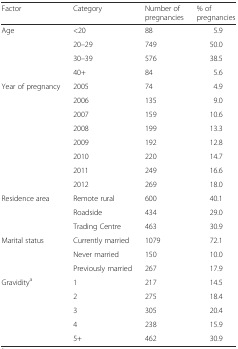
<table><thead><tr><td><b>Factor</b></td><td><b>Category</b></td><td><b>Number of pregnancies</b></td><td><b>% of pregnancies</b></td></tr></thead><tbody><tr><td rowspan="4">Age</td><td>&lt;20</td><td>88</td><td>5.9</td></tr><tr><td>20–29</td><td>749</td><td>50.0</td></tr><tr><td>30–39</td><td>576</td><td>38.5</td></tr><tr><td>40+</td><td>84</td><td>5.6</td></tr><tr><td rowspan="8">Year of pregnancy</td><td>2005</td><td>74</td><td>4.9</td></tr><tr><td>2006</td><td>135</td><td>9.0</td></tr><tr><td>2007</td><td>159</td><td>10.6</td></tr><tr><td>2008</td><td>199</td><td>13.3</td></tr><tr><td>2009</td><td>192</td><td>12.8</td></tr><tr><td>2010</td><td>220</td><td>14.7</td></tr><tr><td>2011</td><td>249</td><td>16.6</td></tr><tr><td>2012</td><td>269</td><td>18.0</td></tr><tr><td rowspan="3">Residence area</td><td>Remote rural</td><td>600</td><td>40.1</td></tr><tr><td>Roadside</td><td>434</td><td>29.0</td></tr><tr><td>Trading Centre</td><td>463</td><td>30.9</td></tr><tr><td rowspan="3">Marital status</td><td>Currently married</td><td>1079</td><td>72.1</td></tr><tr><td>Never married</td><td>150</td><td>10.0</td></tr><tr><td>Previously married</td><td>267</td><td>17.9</td></tr><tr><td rowspan="5">Gravidity<sup>a</sup></td><td>1</td><td>217</td><td>14.5</td></tr><tr><td>2</td><td>275</td><td>18.4</td></tr><tr><td>3</td><td>305</td><td>20.4</td></tr><tr><td>4</td><td>238</td><td>15.9</td></tr><tr><td>5+</td><td>462</td><td>30.9</td></tr></tbody></table>